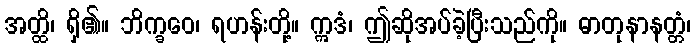
အတ္ထိ၊ ရှိ၏။ ဘိက္ခဝေ၊ ရဟန်းတို့။ ဣဒံ၊ ဤဆိုအပ်ခဲ့ပြီးသည်ကို။ ဓာတုနာနတ္တံ၊